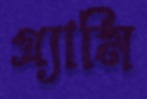
গ্র্যামি